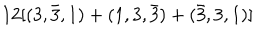
LaTeX: 1 2 [ ( 3 , \bar { 3 } , 1 ) + ( 1 , 3 , \bar { 3 } ) + ( \bar { 3 } , 3 , 1 ) ]